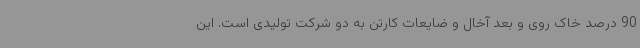
90 درصد خاک روی و بعد آخال و ضایعات کارتن به دو شرکت تولیدی است. این